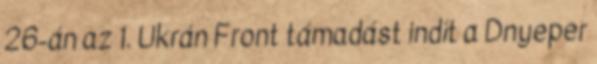
26-án az 1. Ukrán Front támadást indít a Dnyeper